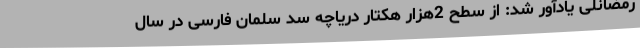
رمضانلی یادآور شد: از سطح 2هزار هکتار دریاچه سد سلمان فارسی در سال